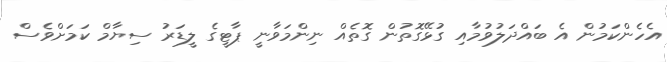
އެހެންކަމުން އެ ބައްދަލުވުމާއި ގުޅޭގޮތުން ގޮތެއް ނިންމަވާނީ ޕާޓީގެ ލީޑަރު ސިޔާމް ކަމަށްވެސް